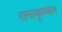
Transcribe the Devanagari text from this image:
रामाकृष्णन